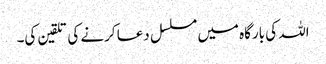
اللہ کی بارگاہ میں مسلسل دعا کرنے کی تلقین کی۔